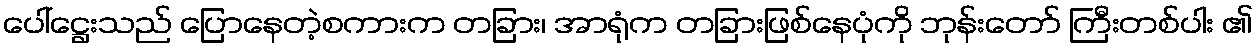
ပေါ်ဋ္ဌေးသည် ပြောနေတဲ့စကားက တခြား၊ အာရုံက တခြားဖြစ်နေပုံကို ဘုန်းတော် ကြီးတစ်ပါး ၏